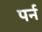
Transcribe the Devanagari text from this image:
पर्न